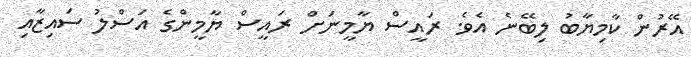
އޭރުން ކާމިޔާބު ލިބޭނެ އެވެ. ރައީސް ޔާމީނަށް ރައީސް ޔާމީންގެ އަސްލު ސައިޒާއި